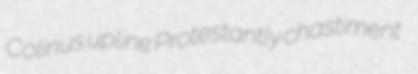
Colinus upline Protestantly chastiment